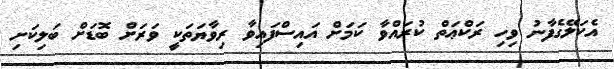
އެކަލޭގެފާނު ވިހި ރަކްޢަތް ކުރައްވާ ކަމަށް އައިސްފައިވާ ރިވާޔަތަކީ ވަރަށް ބޮޑަށް ބަލިކަށި